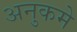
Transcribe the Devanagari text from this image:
अनुकमे